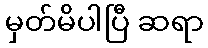
မှတ်မိပါပြီ ဆရာ